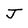
Character: J